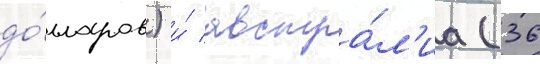
до́лларов) и́ австра́л'иа (36